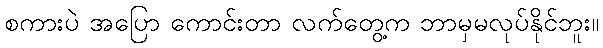
စကားပဲ အပြော ကောင်းတာ လက်တွေ့က ဘာမှမလုပ်နိုင်ဘူး။